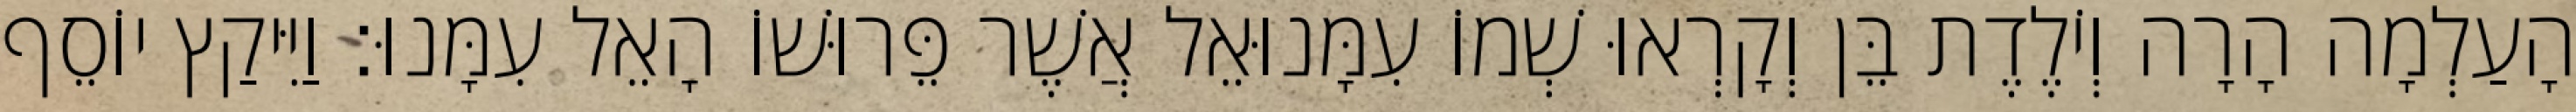
הָעַלְמָה הָרָה וְיֹלֶדֶת בֵּן וְקָרְאוּ שְׁמוֹ עִמָּנוּאֵל אֲשֶׁר פֵּרוּשׁוֹ הָאֵל עִמָּנוּ׃ וַיִּיקַץ יוֹסֵף